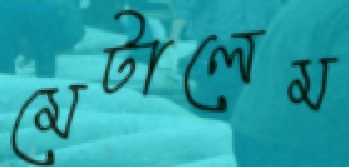
মেটালেম